Madras plague regulations and rules - Volume 2
Disease focus: Plague
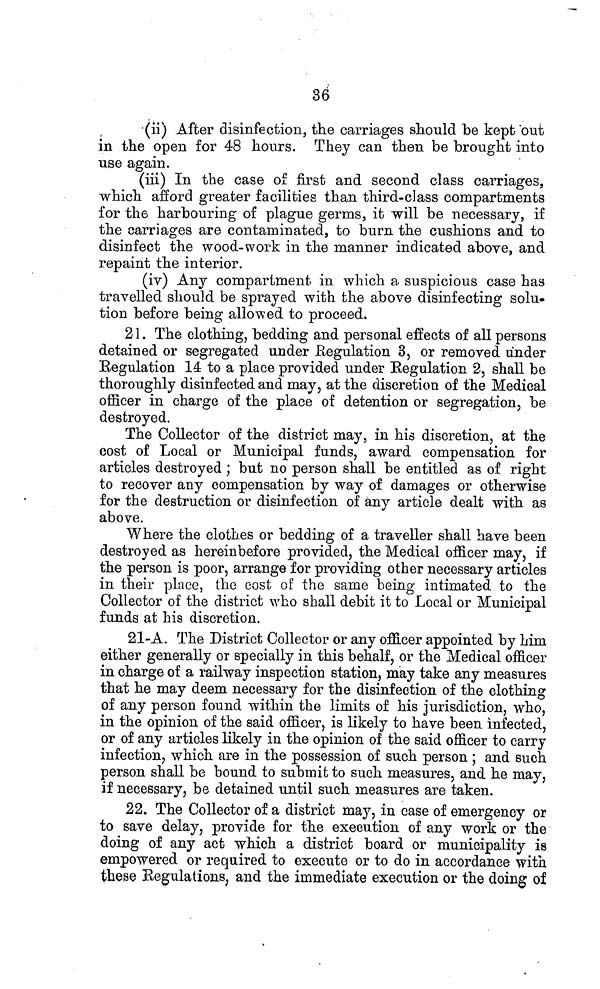
36
(ii) After disinfection, the carriages should be kept out
in the open for 48 hours. They can then be brought into
use again.
(iii) In the case of first and second class carriages,
which afford greater facilities than third-class compartments
for the harbouring of plague germs, it will be necessary, if
the carriages are contaminated, to burn the cushions and to
disinfect the wood-work in the manner indicated above, and
repaint the interior.
(iv) Any compartment in which a suspicious case has
travelled should be sprayed with the above disinfecting solu-
tion before being allowed to proceed.
21. The clothing, bedding and personal effects of all persons
detained or segregated under Regulation 3, or removed under
Regulation 14 to a place provided under Regulation 2, shall be
thoroughly disinfected and may, at the discretion of the Medical
officer in charge of the place of detention or segregation, be
destroyed.
The Collector of the district may, in his discretion, at the
cost of Local or Municipal funds, award compensation for
articles destroyed ; but no person shall be entitled as of right
to recover any compensation by way of damages or otherwise
for the destruction or disinfection of any article dealt with as
above.
Where the clothes or bedding of a traveller shall have been
destroyed as hereinbefore provided, the Medical officer may, if
the person is poor, arrange for providing other necessary articles
in their place, the cost of the same being intimated to the
Collector of the district who shall debit it to Local or Municipal
funds at his discretion.
21-A. The District Collector or any officer appointed by him
either generally or specially in this behalf, or the Medical officer
in charge of a railway inspection station, may take any measures
that he may deem necessary for the disinfection of the clothing
of any person found within the limits of his jurisdiction, who,
in the opinion of the said officer, is likely to have been infected,
or of any articles likely in the opinion of the said officer to carry
infection, which are in the possession of such person ; and such
person shall be bound to submit to such measures, and he may,
if necessary, be detained until such measures are taken.
22. The Collector of a district may, in case of emergency or
to save delay, provide for the execution of any work or the
doing of any act which a district board or municipality is
empowered or required to execute or to do in accordance with
these Regulations, and the immediate execution or the doing of